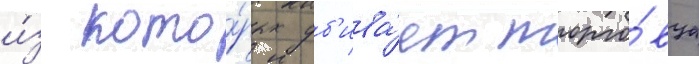
и́з кото́рых уб'ива́ет торго́вца